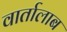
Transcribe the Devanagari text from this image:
वार्तालाब